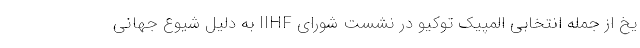
یخ از جمله انتخابی المپیک توکیو در نشست شورای IIHF به دلیل شیوع جهانی